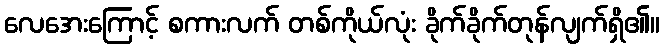
လေအေးကြောင့် စကားလက် တစ်ကိုယ်လုံး ခိုက်ခိုက်တုန်လျက်ရှိ၏။